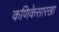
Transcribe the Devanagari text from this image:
कणिकेसारखा